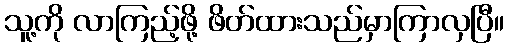
သူ့ကို လာကြည့်ဖို့ ဖိတ်ထားသည်မှာကြာလှပြီ။